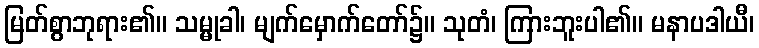
မြတ်စွာဘုရား၏။ သမ္မုခါ၊ မျက်မှောက်တော်၌။ သုတံ၊ ကြားဘူးပါ၏။ မနာပဒါယီ၊